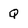
Character: Q